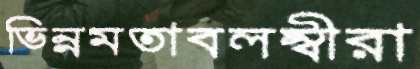
ভিন্নমতাবলম্বীরা